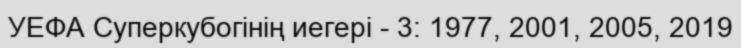
УЕФА Суперкубогінің иегері - 3: 1977, 2001, 2005, 2019